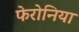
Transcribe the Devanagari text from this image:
फेरोनिया